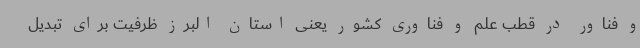
و فناور در قطب علم و فناوری کشور یعنی استان البرز ظرفیت برای تبدیل